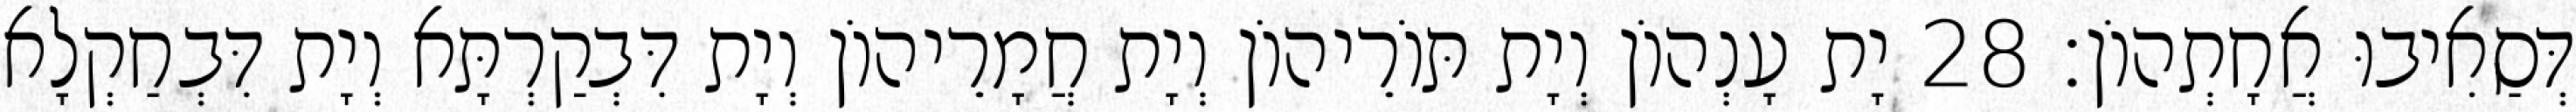
דְּסַאִיבוּ אֲחָתְהוֹן׃ 28 יָת עָנְהוֹן וְיָת תּוֹרֵיהוֹן וְיָת חֲמָרֵיהוֹן וְיָת דִּבְקַרְתָּא וְיָת דִּבְחַקְלָא